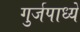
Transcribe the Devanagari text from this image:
गुर्जपाध्ये